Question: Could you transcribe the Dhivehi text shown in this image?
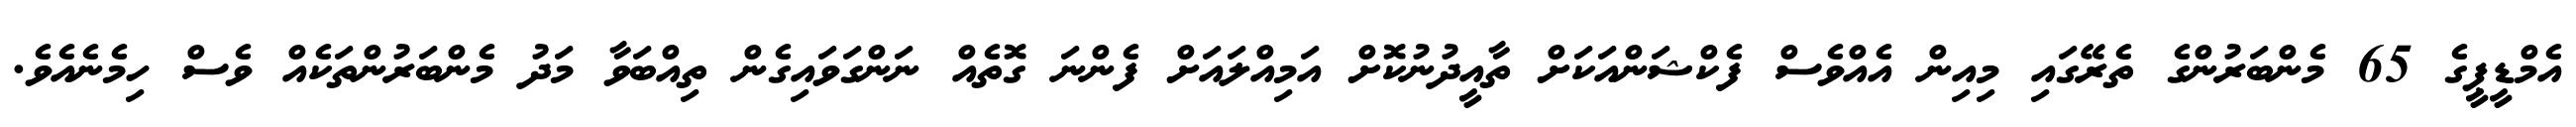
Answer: އެމްޑީޕީގެ 65 މެންބަރުންގެ ތެރޭގައި މިއިން އެއްވެސް ފެކްޝަންއަކަށް ތާއީދުނުކޮށް އަމިއްލައަށް ފެންނަ ގޮތެއް ނަންގަވައިގެން ތިއްބަވާ މަދު މެންބަރުންތަކެއް ވެސް ހިމެނެއެވެ.